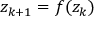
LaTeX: z _ { k + 1 } = f ( z _ { k } )